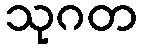
သုဂတ